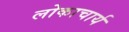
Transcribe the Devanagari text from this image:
लोकाचार्य